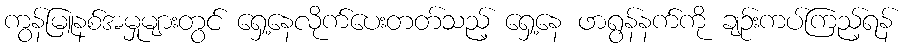
ကွန်မြူနစ်အမှုများတွင် ရှေ့နေလိုက်ပေးတတ်သည့် ရှေ့နေ ဖာရွန်နက်ကို ချဉ်းကပ်ကြည့်ရန်